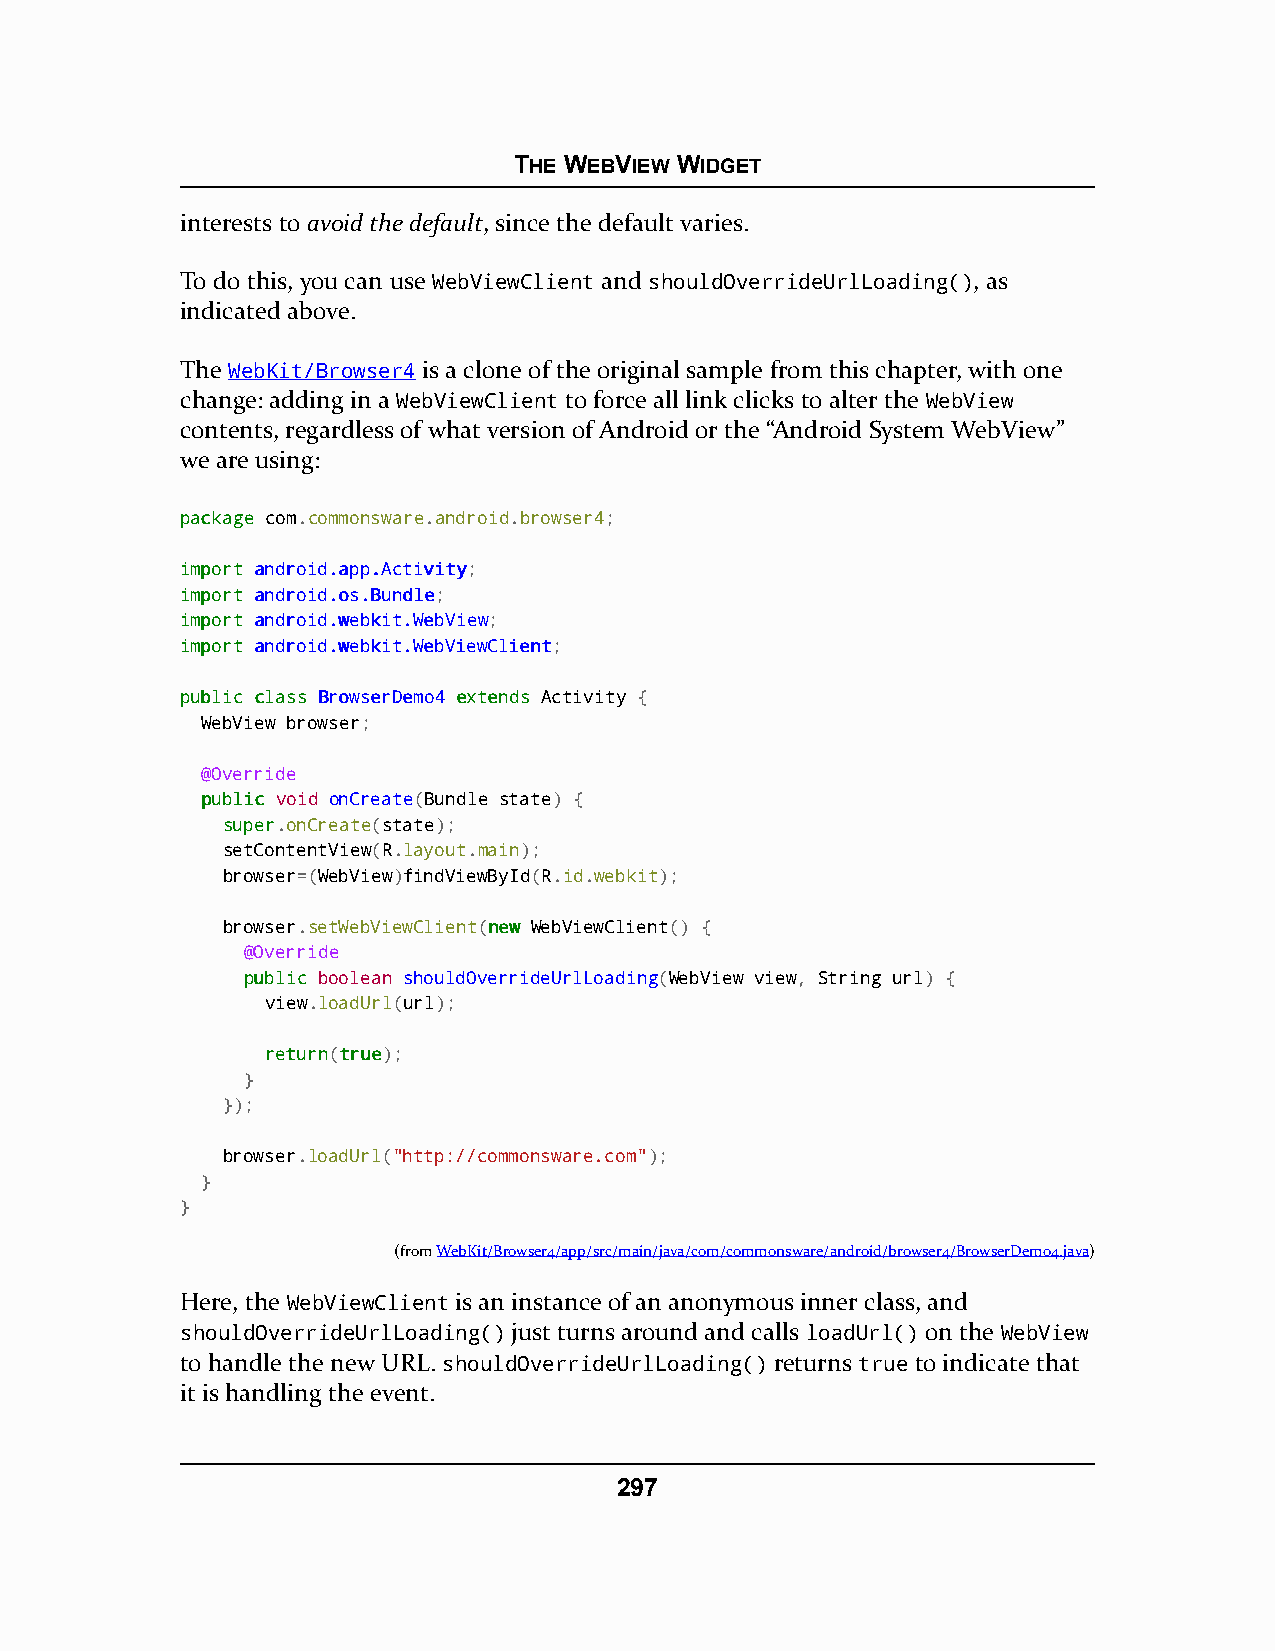
THE WEBVIEW WIDGET
 interests to avoid the default, since the default varies.
 To do this, you can use WebViewClient and shouldOverrideUrlLoading(), as
 indicated above.
 The WebKit/Browser4 is a clone of the original sample from this chapter, with one
 change: adding in a WebViewClient to force all link clicks to alter the WebView
 contents, regardless of what version of Android or the “Android System WebView”
 we are using:
 ppaacckkaaggee com.commonsware.android.browser4;
 iimmppoorrtt aannddrrooiidd..aapppp..AAccttiivviittyy;
 iimmppoorrtt aannddrrooiidd..ooss..BBuunnddllee;
 iimmppoorrtt aannddrrooiidd..wweebbkkiitt..WWeebbVViieeww;
 iimmppoorrtt aannddrrooiidd..wweebbkkiitt..WWeebbVViieewwCClliieenntt;
 ppuubblliicc ccllaassss BBrroowwsseerrDDeemmoo44 eexxtteennddss Activity {
 WebView browser;
 @Override
 ppuubblliicc void onCreate(Bundle state) {
 ssuuppeerr.onCreate(state);
 setContentView(R.layout.main);
 browser=(WebView)findViewById(R.id.webkit);
 browser.setWebViewClient(nneeww WebViewClient() {
 @Override
 ppuubblliicc boolean shouldOverrideUrlLoading(WebView view, String url) {
 view.loadUrl(url);
 rreettuurrnn(ttrruuee);
 }
 });
 browser.loadUrl("http://commonsware.com");
 }
 }
 (fromWebKit/Browser4/app/src/main/java/com/commonsware/android/browser4/BrowserDemo4.java)
 Here, the WebViewClient is an instance of an anonymous inner class, and
 shouldOverrideUrlLoading() just turns around and calls loadUrl() on the WebView
 to handle the new URL. shouldOverrideUrlLoading() returns true to indicate that
 it is handling the event.
 297